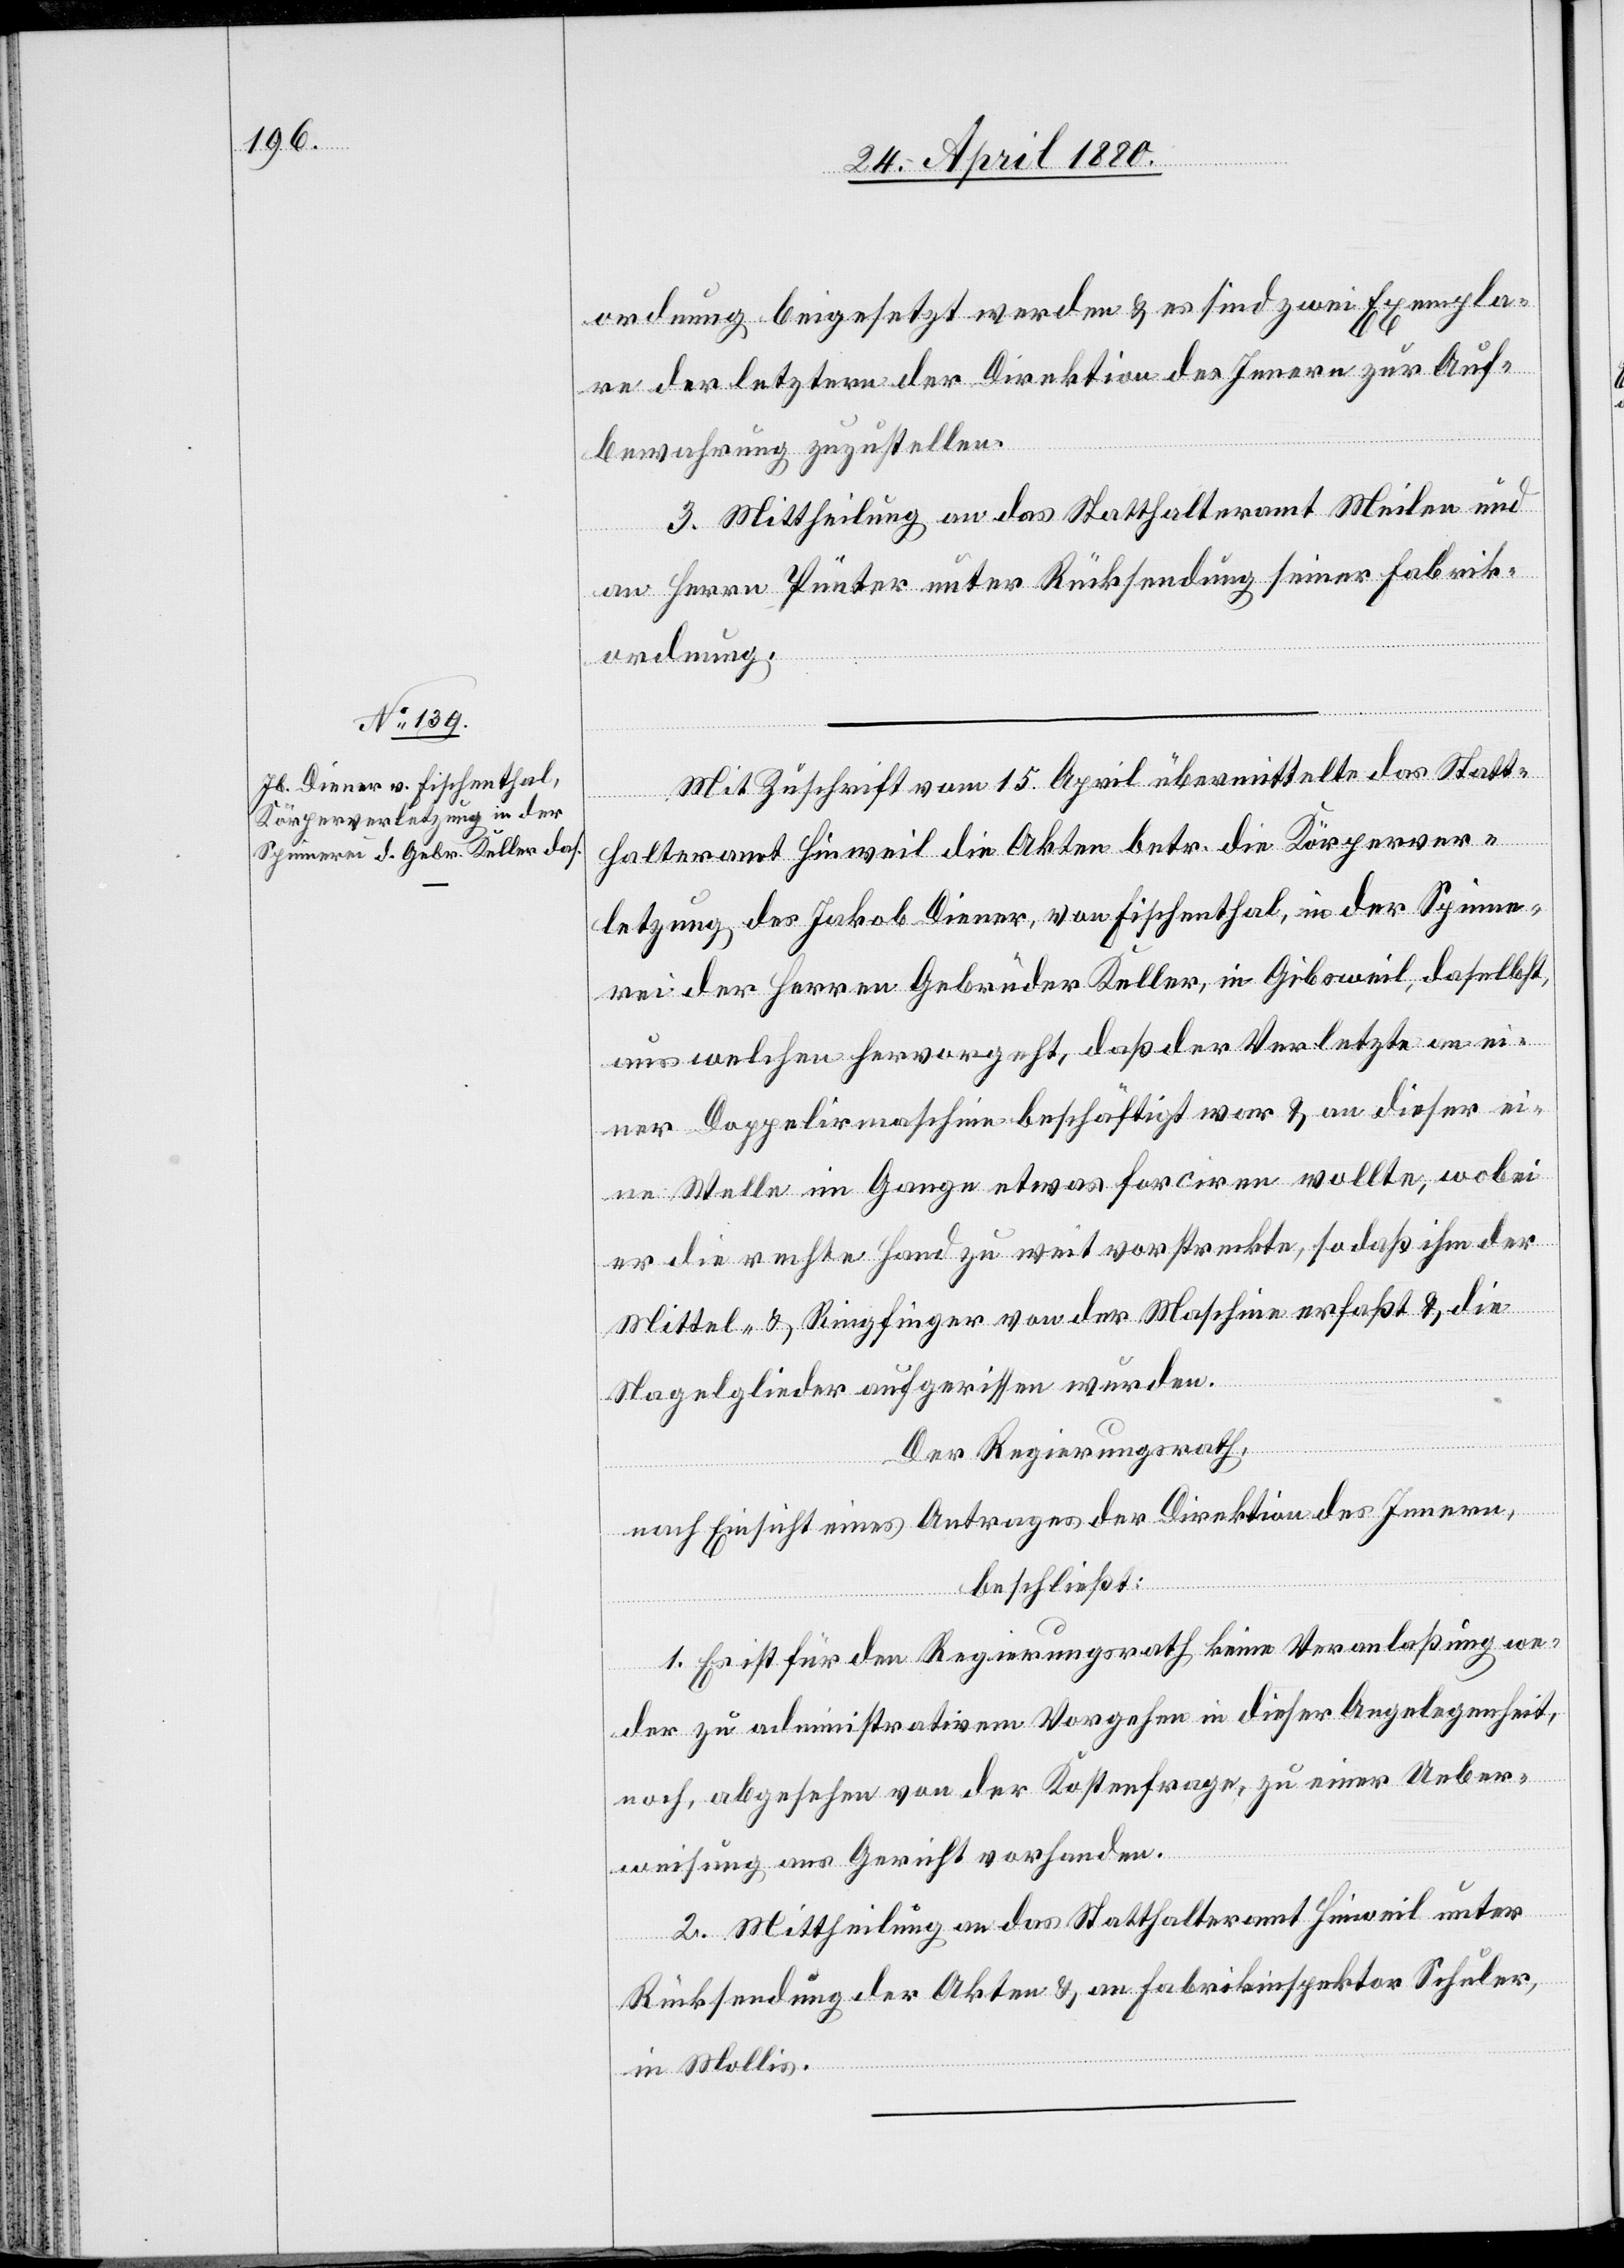
ordnung beigesetzt werden & es sind zwei Exempla¬
re der letztern der Direktion des Innern zur Auf¬
bewahrung zuzustellen.
3. Mittheilung an das Statthalteramt Meilen und
an Herrn Pünter unter Rücksendung seiner Fabrik¬
ordnung.
Mit Zuschrift vom 15. April übermittelt das Statt¬
halteramt Hinweil die Akten betr. die Körperver¬
letzung des Jakob Diener, von Fischenthal, in der Spinne¬
rei der Herren Gebrüder Keller, in Gibsweil, daselbst,
aus welchen hervorgeht, daß der Verletzte an ei¬
ner Doppelirmaschine beschäftigt war & an dieser ei¬
ne Welle im Gange etwas forciren wollte, wobei
er die rechte Hand zu weit vorstreckte, so daß ihm der
Mittel- & Ringfinger von der Maschine erfaßt & die
Nagelglieder aufgerissen wurden.
Der Regierungsrath,
nach Einsicht eines Antrages der Direktion des Innern,
beschließt:
1. Es ist für den Regierungsrath keine Veranlaßung we¬
der zu administrativem Vorgehen in dieser Angelegenheit,
noch, abgesehen von der Kostenfrage, zu einer Ueber¬
weisung ans Gericht vorhanden.
2. Mittheilung an das Statthalteramt Hinweil unter
Rücksendung der Akten & an Fabrikinspektor Schuler,
in Mollis.